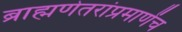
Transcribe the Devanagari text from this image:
ब्राह्मणेतरांप्रमाणेंच